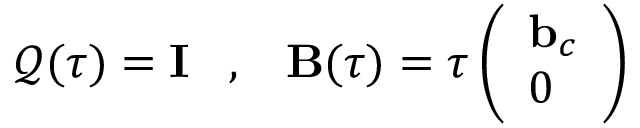
\boldsymbol { \mathcal Q } ( \tau ) = { \mathbf I } \; \; \; , \; \; \; { \mathbf B } ( \tau ) = \tau \left( \begin{array} { l } { { \mathbf b } _ { c } } \\ { 0 } \end{array} \right)